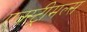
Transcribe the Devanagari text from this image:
एक्स्ट्रीमल्स